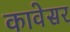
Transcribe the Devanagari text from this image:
कावेसर